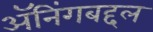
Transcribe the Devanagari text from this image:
ॲनिंगबद्दल